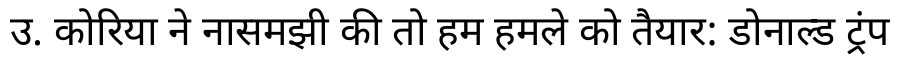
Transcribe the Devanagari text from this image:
उ. कोरिया ने नासमझी की तो हम हमले को तैयार: डोनाल्ड ट्रंप